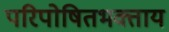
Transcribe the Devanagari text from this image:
परिपोषितभक्ताय